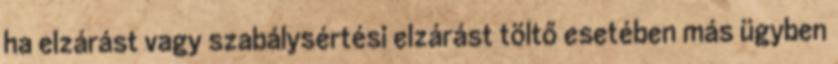
ha elzárást vagy szabálysértési elzárást töltő esetében más ügyben